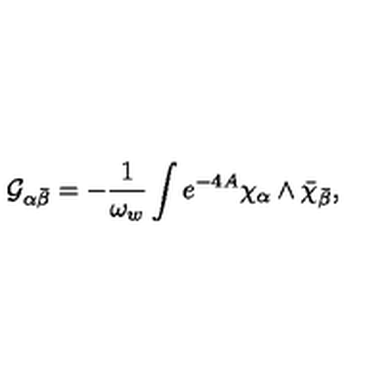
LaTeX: { \cal G } _ { \alpha { \bar { \beta } } } = - { \frac { 1 } { \omega _ { w } } } \int e ^ { - 4 A } \chi _ { \alpha } \wedge { \bar { \chi } } _ { \bar { \beta } } ,